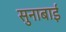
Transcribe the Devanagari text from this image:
सुनाबाई